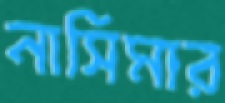
নাসিমার